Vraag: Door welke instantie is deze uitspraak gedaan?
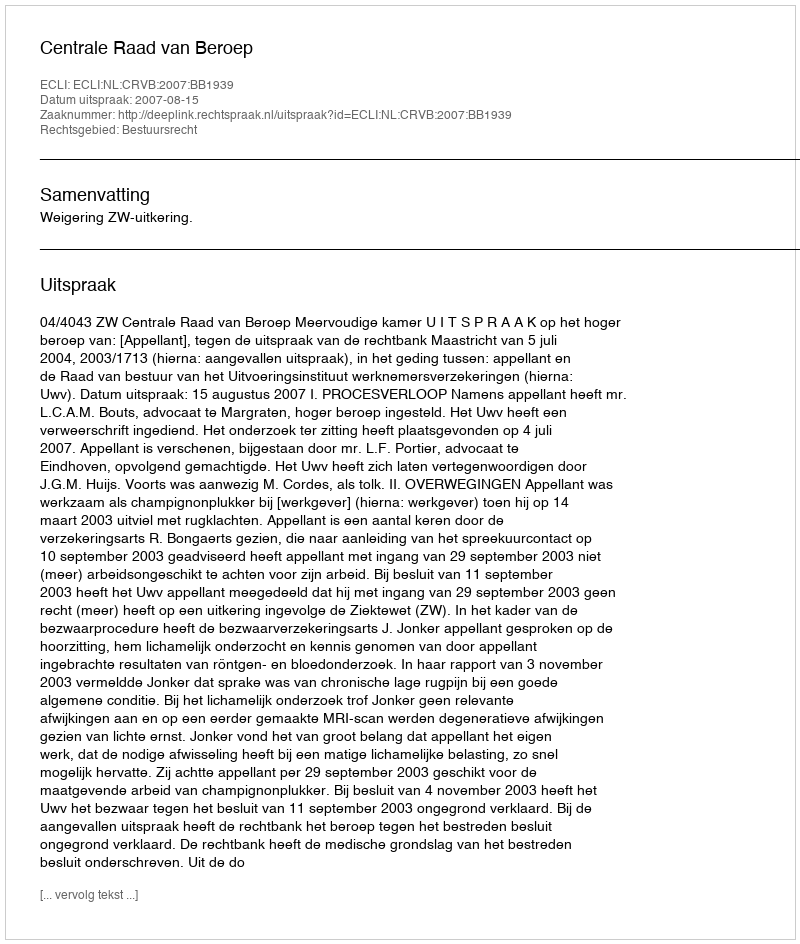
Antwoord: Centrale Raad van Beroep